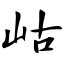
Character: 岵